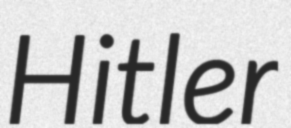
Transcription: Hitler